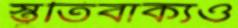
স্তুতিবাক্যও